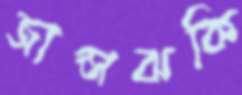
জান্সঝকি